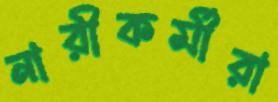
নারীকর্মীরা